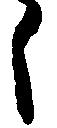
う